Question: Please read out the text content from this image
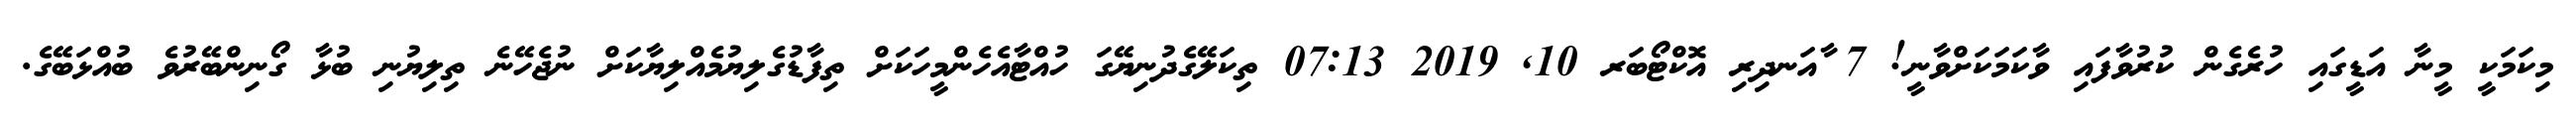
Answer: މިކަމަކީ މީނާ އަޑީގައި ހުރެގެން ކުރުވާފައި ވާކަމަކަށްވާނީ! 7 ާއަނދިރި އޮކްޓޯބަރ 10, 2019 07:13 ތިކަލޭގެދުނިޔޭގަ ހުއްޓާއެހެންމީހަކަށް ތިފާޑުގެލިޔުމެއްލިޔާކަށް ނުޖެހޭނެ ތިލިޔުނި ބުޅާ ގޯނިންބޭރުވެ ބުއްޅަބޭގެ.